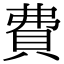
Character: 費